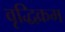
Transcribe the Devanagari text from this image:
वृद्धिक्रम